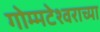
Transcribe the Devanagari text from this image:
गोम्मटेश्वराच्या